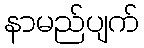
နာမည်ပျက်